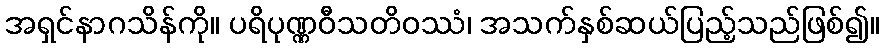
အရှင်နာဂသိန်ကို။ ပရိပုဏ္ဏဝီသတိဝဿံ၊ အသက်နှစ်ဆယ်ပြည့်သည်ဖြစ်၍။